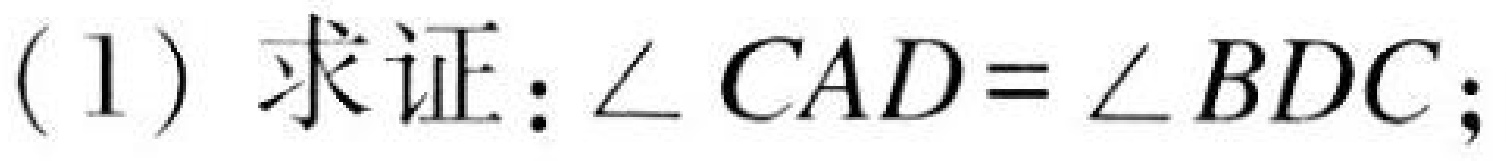
(1) 求证：$\angle CAD = \angle BDC$;